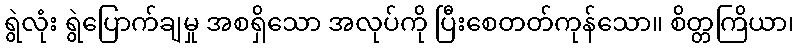
ရွဲလုံး ရွဲပြောက်ချမှု အစရှိသော အလုပ်ကို ပြီးစေတတ်ကုန်သော။ စိတ္တကြိယာ၊